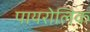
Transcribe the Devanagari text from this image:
पायरोलिक